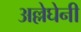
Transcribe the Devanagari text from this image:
अल्लेघेनी